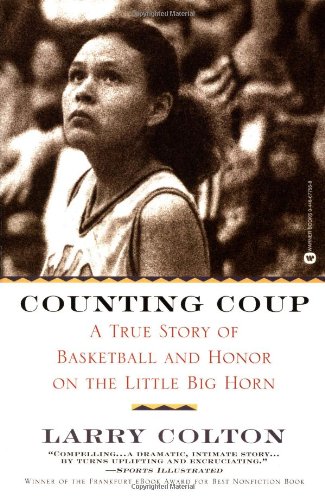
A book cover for Counting Coup: A True Story of Basketball and Honor on the Little Big Horn; Larry Colton; Sports & Outdoors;